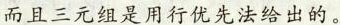
而且三元组是用行优先法给出的。